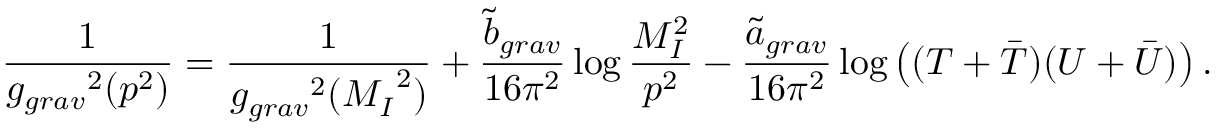
{ \frac { 1 } { { g _ { g r a v } } ^ { 2 } ( p ^ { 2 } ) } } = { \frac { 1 } { { g _ { g r a v } } ^ { 2 } ( { M _ { I } } ^ { 2 } ) } } + { \frac { { \tilde { b } } _ { g r a v } } { 1 6 \pi ^ { 2 } } } \log { \frac { M _ { I } ^ { 2 } } { p ^ { 2 } } } - \frac { { \tilde { a } } _ { g r a v } } { 1 6 \pi ^ { 2 } } \log \left( ( T + { \bar { T } } ) ( U + { \bar { U } } ) \right) .